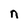
Character: n